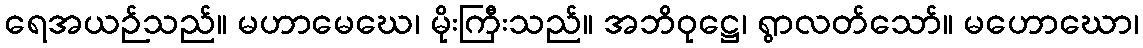
ရေအယဉ်သည်။ မဟာမေဃေ၊ မိုးကြီးသည်။ အဘိဝုဋ္ဌေ၊ ရွာလတ်သော်။ မဟောဃော၊